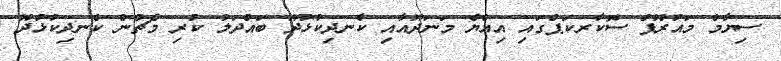
ސިޔާމް މައުރޫފް ސޮކާރކަޕްގައި އިއްޔެ މަނަދޫއާއި ކެނދިކުޅުދޫ ބައްދަލު ކުރި މެޗުން ކެނދިކުޅުދޫ